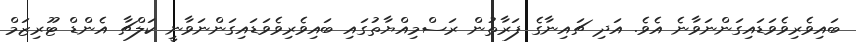
ބައިވެރިވެވަޑައިގަންނަވާނެ އެވެ. އަދި ޗައިނާގެ ފަރާތުން ރަސްމިއްޔާތުގައި ބައިވެރިވެވަޑައިގަންނަވާނީ ކަލްޗާ އެންޑް ޓޫރިޒަމް